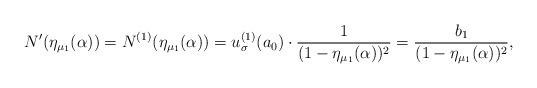
LaTeX: \begin{align*}N^{\prime}(\eta_{\mu_{1}}(\alpha))=N^{(1)}(\eta_{\mu_{1}}(\alpha))=u_{\sigma}^{(1)}(a_{0})\cdot\frac{1}{(1-\eta_{\mu_{1}}(\alpha))^{2}}=\frac{b_{1}}{(1-\eta_{\mu_{1}}(\alpha))^{2}},\end{align*}